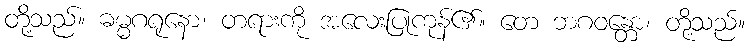
တို့သည်။ ဓမ္မဂရုနော၊ တရားကို အလေးပြုကုန်၏။ တေ ဘဂဝန္တော၊ တို့သည်။